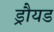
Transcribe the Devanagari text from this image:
ड्रौयड